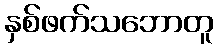
နှစ်ဖက်သဘောတူ